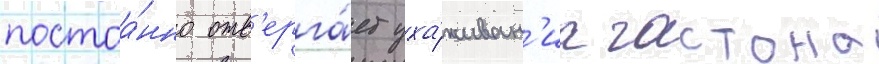
постоа́нно отв'ерга́ет уха́живан'иа гастона